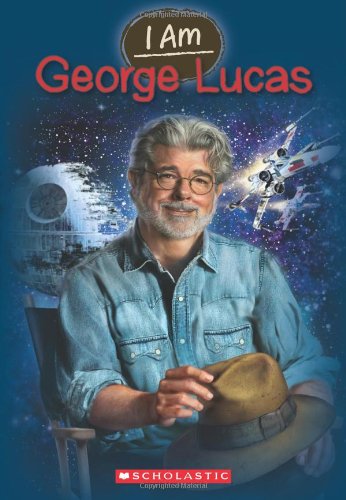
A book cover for I Am #7: George Lucas; Grace Norwich; Children's Books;